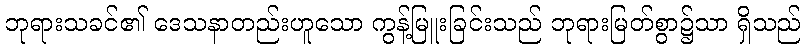
ဘုရားသခင်၏ ဒေသနာတည်းဟူသော ကွန့်မြူးခြင်းသည် ဘုရားမြတ်စွာ၌သာ ရှိသည်